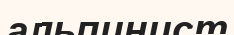
альпинист